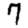
Digit: 7